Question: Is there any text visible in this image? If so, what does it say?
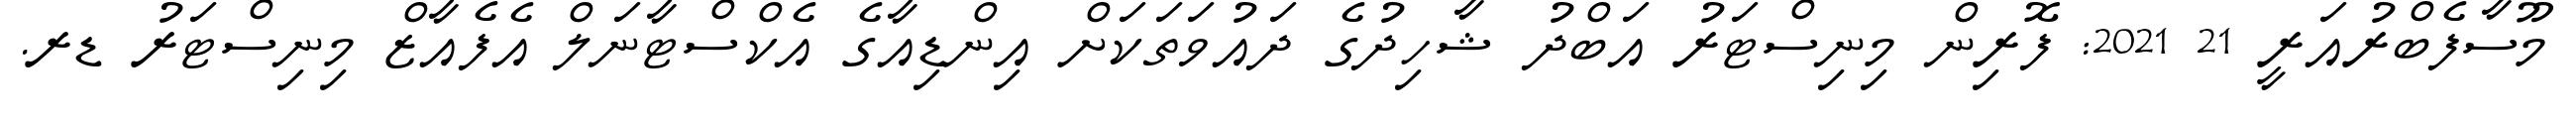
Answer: މޫސާފެބްރުއަރީ 21 2021: ފޮރިން މިނިސްޓަރު އަބްދު ޝާހިދުގެ ދައުވަތަކަށް އިންޑިއާގެ އެކްސްޓާނަލް އެފެއާޒް މިނިސްޓަރު ޑރ.